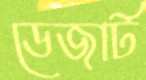
ডেজার্ট